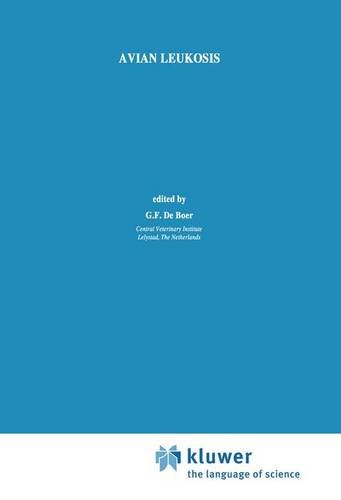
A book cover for Avian Leukosis (Developments in Veterinary Virology); Medical Books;